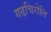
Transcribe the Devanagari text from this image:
गढचिरोलि